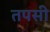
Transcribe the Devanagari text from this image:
तपसी